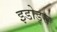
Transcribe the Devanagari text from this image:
इडोड्स